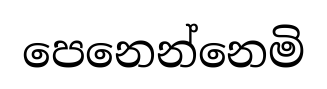
පෙනෙන්නෙමි